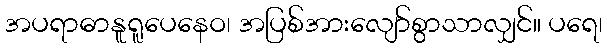
အပရာဓာနူရူပေနေဝ၊ အပြစ်အားလျော်စွာသာလျှင်။ ပရေ၊